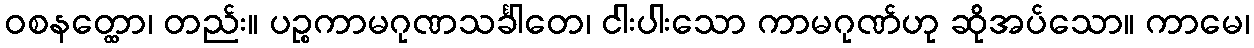
ဝစနတ္ထော၊ တည်း။ ပဉ္စကာမဂုဏသင်္ခါတေ၊ ငါးပါးသော ကာမဂုဏ်ဟု ဆိုအပ်သော။ ကာမေ၊